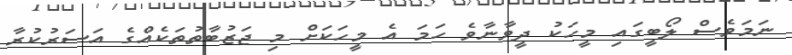
ނަމަވެސް ލޯބީގައި މީހަކު ދީވާނާވެ ހަމަ އެ މީހަކަށް މި ޖަޒުބާތުތަކެއްގެ އަސަރުކުރާ